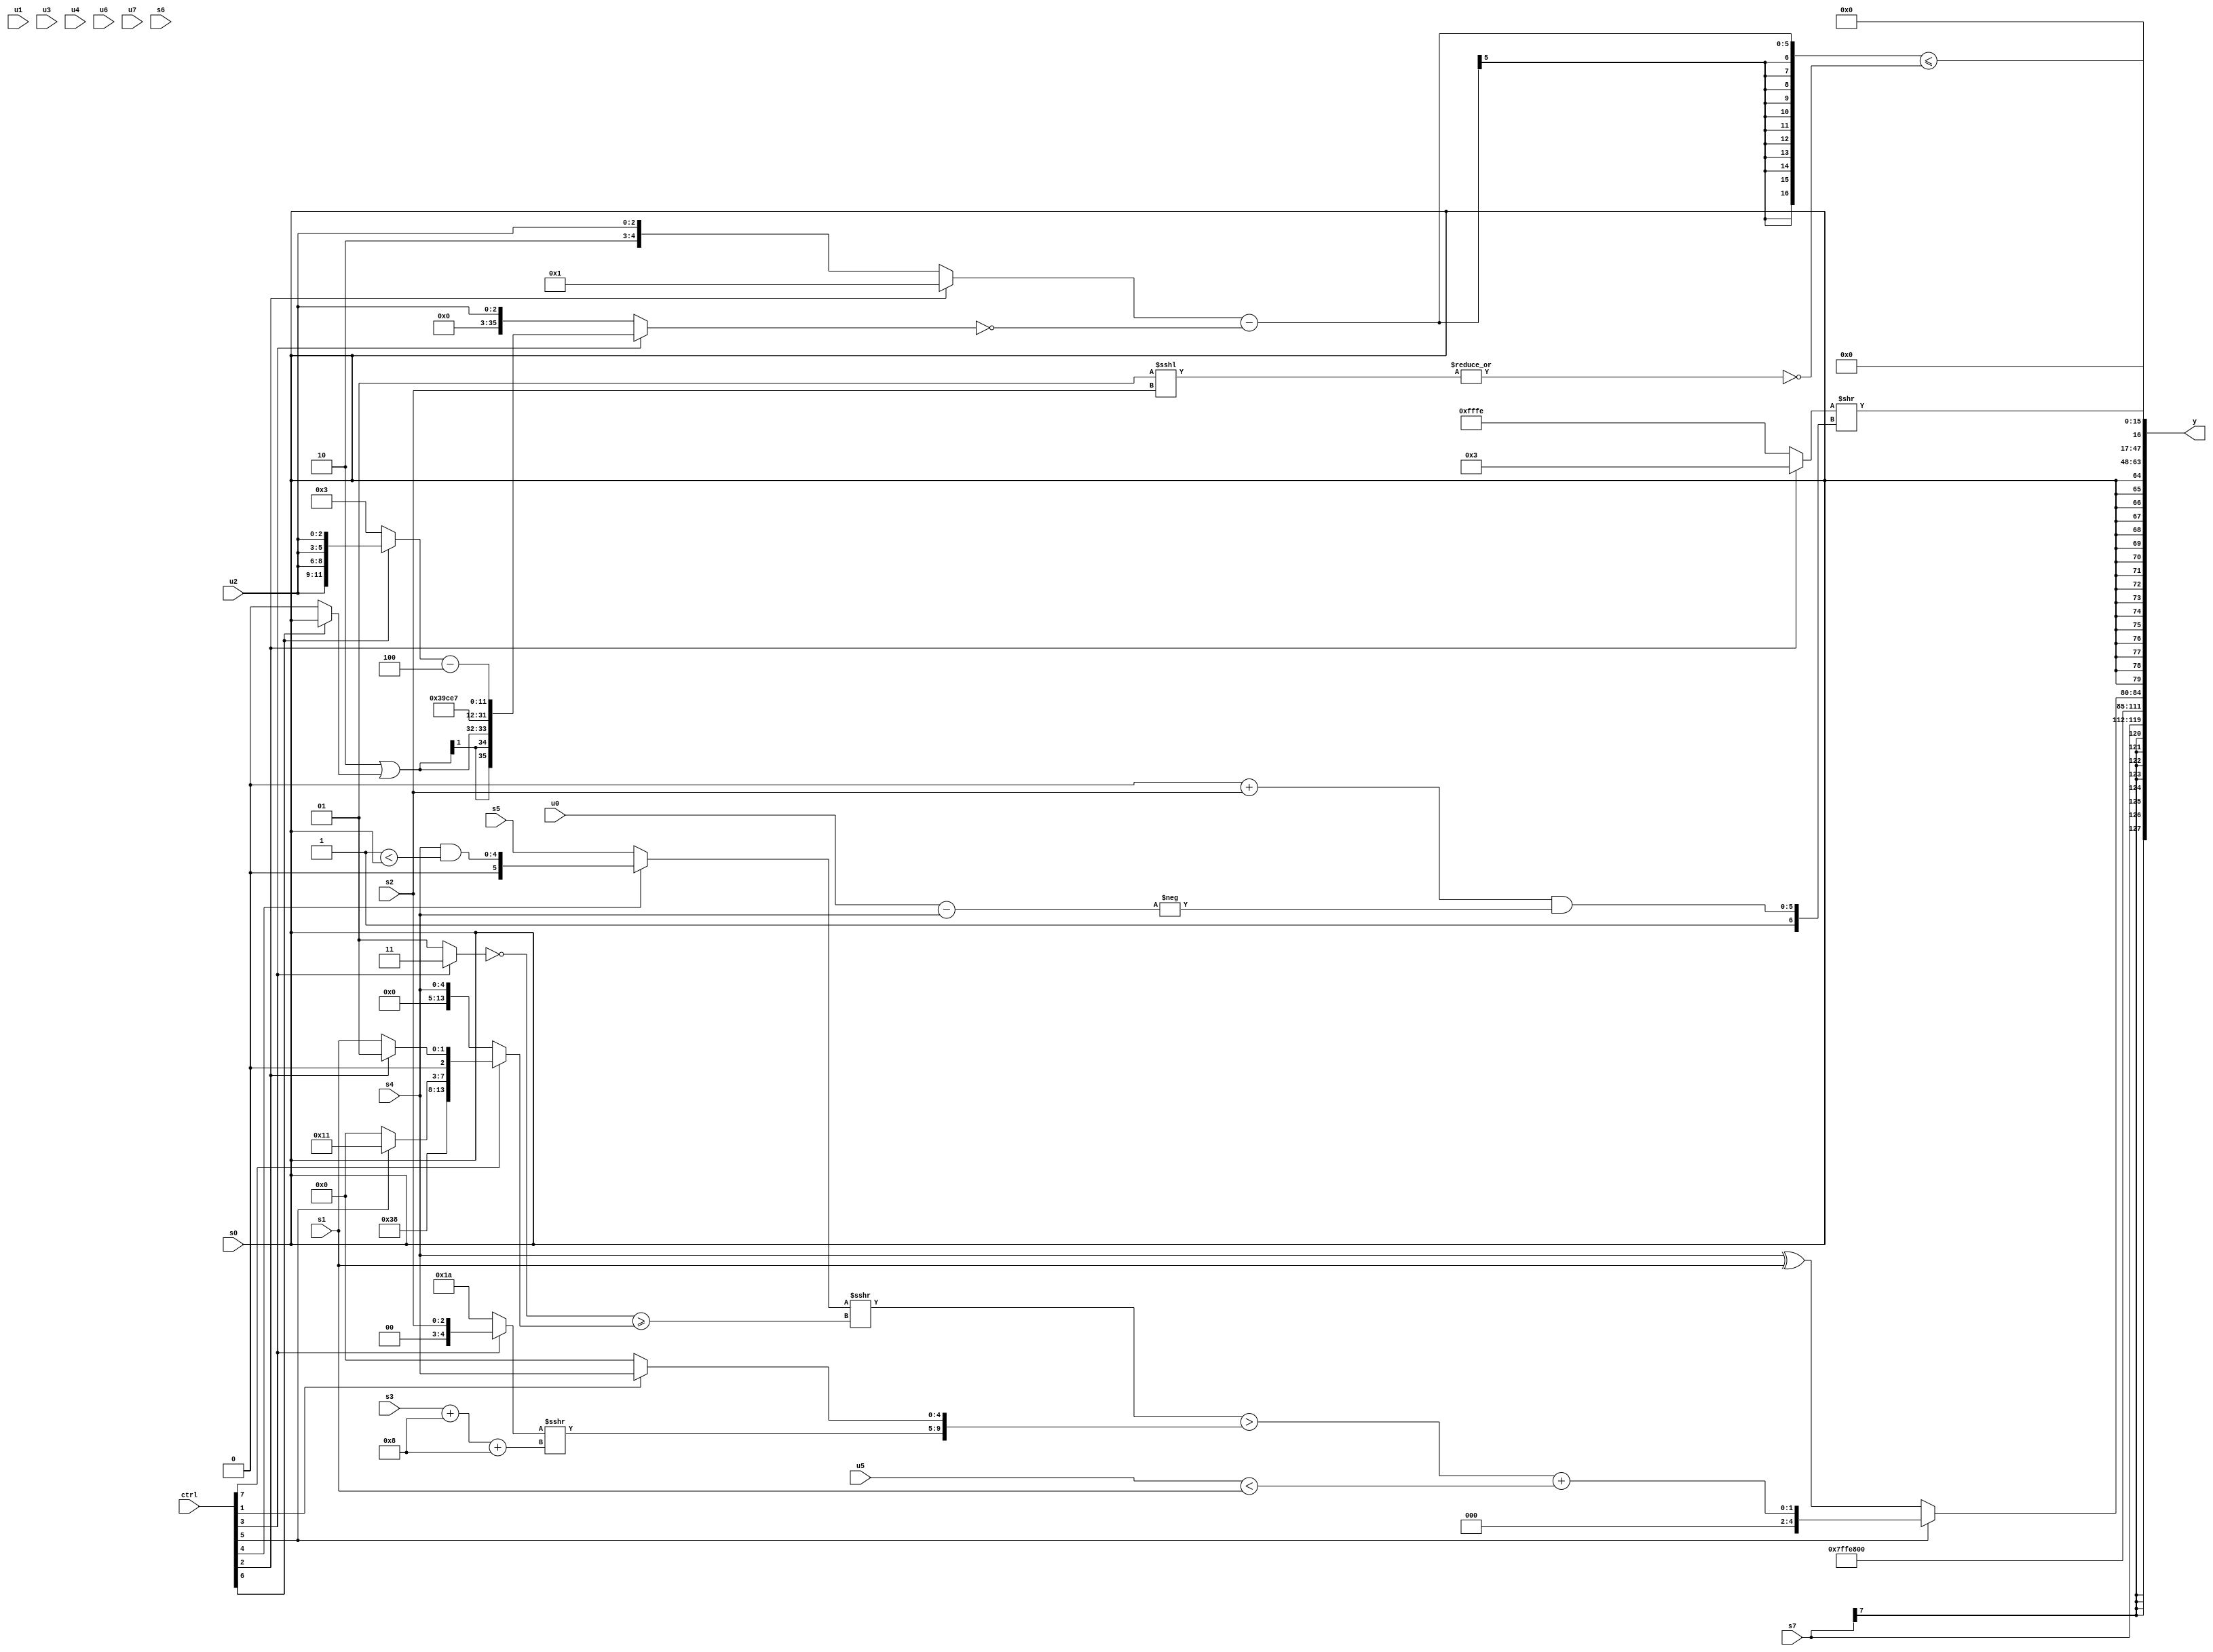
module wideexpr_00998(ctrl, u0, u1, u2, u3, u4, u5, u6, u7, s0, s1, s2, s3, s4, s5, s6, s7, y);
  input [7:0] ctrl;
  input [0:0] u0;
  input [1:0] u1;
  input [2:0] u2;
  input [3:0] u3;
  input [4:0] u4;
  input [5:0] u5;
  input [6:0] u6;
  input [7:0] u7;
  input signed [0:0] s0;
  input signed [1:0] s1;
  input signed [2:0] s2;
  input signed [3:0] s3;
  input signed [4:0] s4;
  input signed [5:0] s5;
  input signed [6:0] s6;
  input signed [7:0] s7;
  output [127:0] y;
  wire [15:0] y0;
  wire [15:0] y1;
  wire [15:0] y2;
  wire [15:0] y3;
  wire [15:0] y4;
  wire [15:0] y5;
  wire [15:0] y6;
  wire [15:0] y7;
  assign y = {y0,y1,y2,y3,y4,y5,y6,y7};
  assign y0 = $signed(s7);
  assign y1 = 3'sb101;
  assign y2 = (ctrl[5]?($unsigned((($signed((ctrl[4]?(s4)&((3'b001)<(s0)):s5)))>>>((~((ctrl[3]?+(2'sb11):$signed(2'sb01))))>=((ctrl[7]?{5'b11100,(ctrl[5]?6'sb010001:2'sb00),&(4'sb0010),(ctrl[2]?1'b1:s1)}:s4))))>({$signed((+((ctrl[3]?s2:5'b11010)))>>>(((s3)+(4'sb1000))+(4'sb1000))),(ctrl[1]?+(s4):!(2'sb10))})))+((u5)<($unsigned($signed(s1)))):(s4)^(s1));
  assign y3 = s0;
  assign y4 = ((ctrl[2]?3'sb011:$signed(+($signed($signed(2'b10))))))>>({$signed($signed(2'sb01)),(((6'sb001001)&((5'sb00010)-(5'sb00000)))+(s2))&(-(($signed(u0))-(s4)))});
  assign y5 = (3'b010)>>(5'b01101);
  assign y6 = (((ctrl[2]?$unsigned(2'sb01):{(ctrl[2]?(ctrl[4]?$signed(u7):-(+(4'b1001))):1'sb0),6'sb000010,u2}))-(!((ctrl[3]?{($signed(4'b1110))|((ctrl[6]?s0:1'sb0)),{4{5'sb00111}},((ctrl[6]?{4{u2}}:3'b011))-(3'b100)}:u2))))<=(~|((5'sb00001)<<<(s2)));
  assign y7 = $unsigned((($signed(s6))!=(4'sb1001))<<({-(1'b1)}));
endmodule